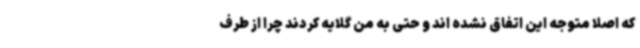
که اصلا متوجه این اتفاق نشده اند و حتی به من گلایه کردند چرا از طرف